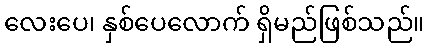
လေးပေ၊ နှစ်ပေလောက် ရှိမည်ဖြစ်သည်။